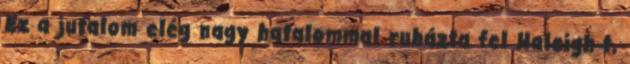
Ez a jutalom elég nagy hatalommal ruházta fel Haleigh-t,